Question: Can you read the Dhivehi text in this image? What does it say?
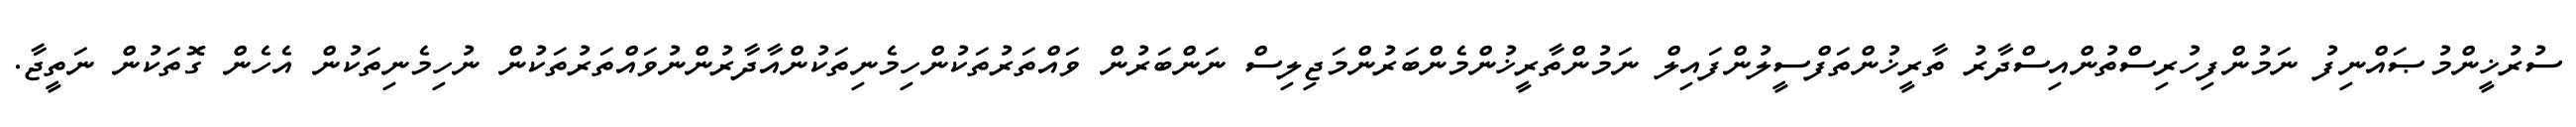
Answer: ސުރުޚީންމުޞައްނިފު ނަމުންފިހުރިސްތުންއިސްދާރު ތާރީޚުންތަފްސީލުންފައިލް ނަމުންތާރީޚުންމެންބަރުންމަޖިލިސް ނަންބަރުން ވައްތަރުތަކުންހިމެނިތަކުންއާދާރުންނުވައްތަރުތަކުން ނުހިމެނިތަކުން އެހެން ގޮތަކުން ނަތީޖާ.